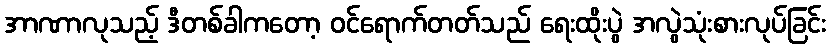
အာဏာလုသည့် ဒီတစ်ခါကတော့ ဝင်ရောက်တတ်သည် ရေးထိုးပွဲ အလွဲသုံးစားလုပ်ခြင်း